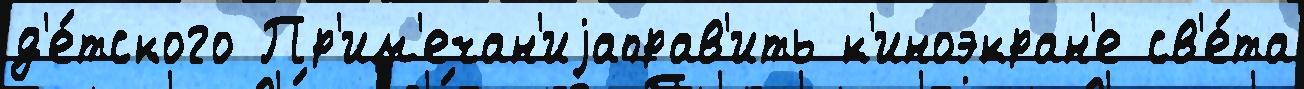
д'е́тского Пр'им'ечан'иjаправ'ить к'иноэкран'е св'е́та